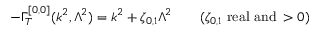
- \Gamma _ { T } ^ { [ 0 , 0 ] } ( k ^ { 2 } , \Lambda ^ { 2 } ) = k ^ { 2 } + \zeta _ { 0 , 1 } \Lambda ^ { 2 } \qquad ( \zeta _ { 0 , 1 } \, \, \mathrm { { r e a l \, \, a n d } } \, > 0 )